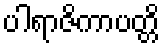
ပါရာဇိကာပတ္တိ